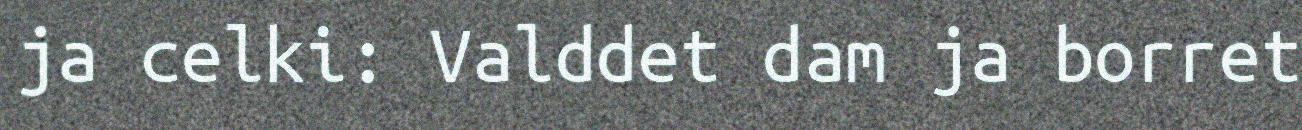
ja celki: Valddet dam ja borret